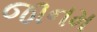
જાનમ